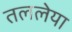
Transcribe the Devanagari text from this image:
तललेया